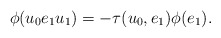
\begin{align*}\phi(u_0e_1u_1) = -\tau(u_0,e_1) \phi(e_1).\end{align*}